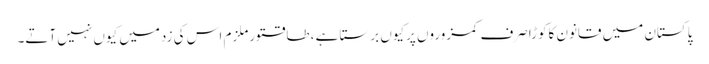
پاکستان میں قانون کاکوڑاصرف کمزوروں پرکیوں برستا ہے ،طاقتورملزم اس کی زدمیں کیوں نہیں آتے۔